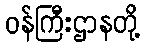
ဝန်ကြီးဌာနတို့